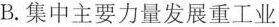
B.集中主要力量发展重工业